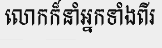
លោកក៏នាំអ្នកទាំងពីរ